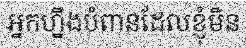
អ្នកហ្នឹងបំពានដែលខ្ញុំមិន